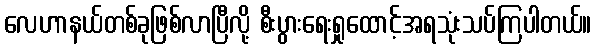
လေဟာနယ်တစ်ခုဖြစ်လာပြီလို့ စီးပွားရေးရှုထောင့်အရသုံးသပ်ကြပါတယ်။